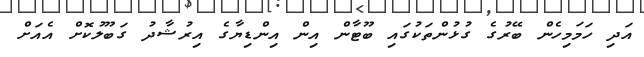
އަދި ހަމަމިހެން ބޭރުގެ ގުޅުންތަކުގައި ބޫޓާން އިން އިންޑިޔާގެ އިރުޝާދު ގަބޫލުކޮށް އެއަށް